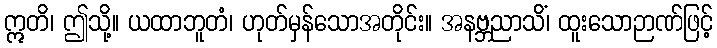
ဣတိ၊ ဤသို့။ ယထာဘူတံ၊ ဟုတ်မှန်သောအတိုင်း။ အနဗ္ဘညာသိံ၊ ထူးသောဉာဏ်ဖြင့်